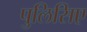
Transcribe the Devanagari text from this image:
पुलिसिए